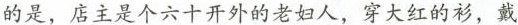
的是，店主是个六十开外的老妇人，穿大红的衫，戴